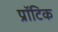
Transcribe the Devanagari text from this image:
प्रॉटिक